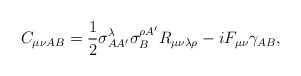
\begin{align*}C_{\mu \nu AB}{}=\frac{1}{2}\sigma _{AA^{\prime }}^{\lambda }{}\sigma_{B}^{\rho A^{\prime }}R_{\mu \nu \lambda \rho }{}-iF_{\mu \nu }\gamma _{AB},\end{align*}